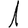
Digit: 1